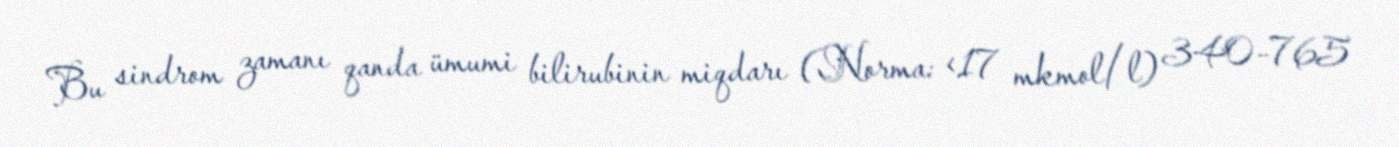
Bu sindrom zamanı qanda ümumi bilirubinin miqdarı (Norma: <17 mkmol/l) 340–765